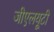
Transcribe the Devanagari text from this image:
जीएलयूटी